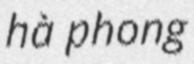
hà phong